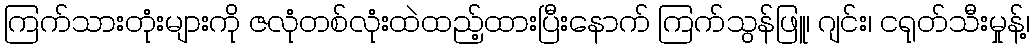
ကြက်သားတုံးများကို ဇလုံတစ်လုံးထဲထည့်ထားပြီးနောက် ကြက်သွန်ဖြူ၊ ဂျင်း၊ ငရုတ်သီးမှုန့်၊